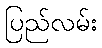
ပြည်လမ်း